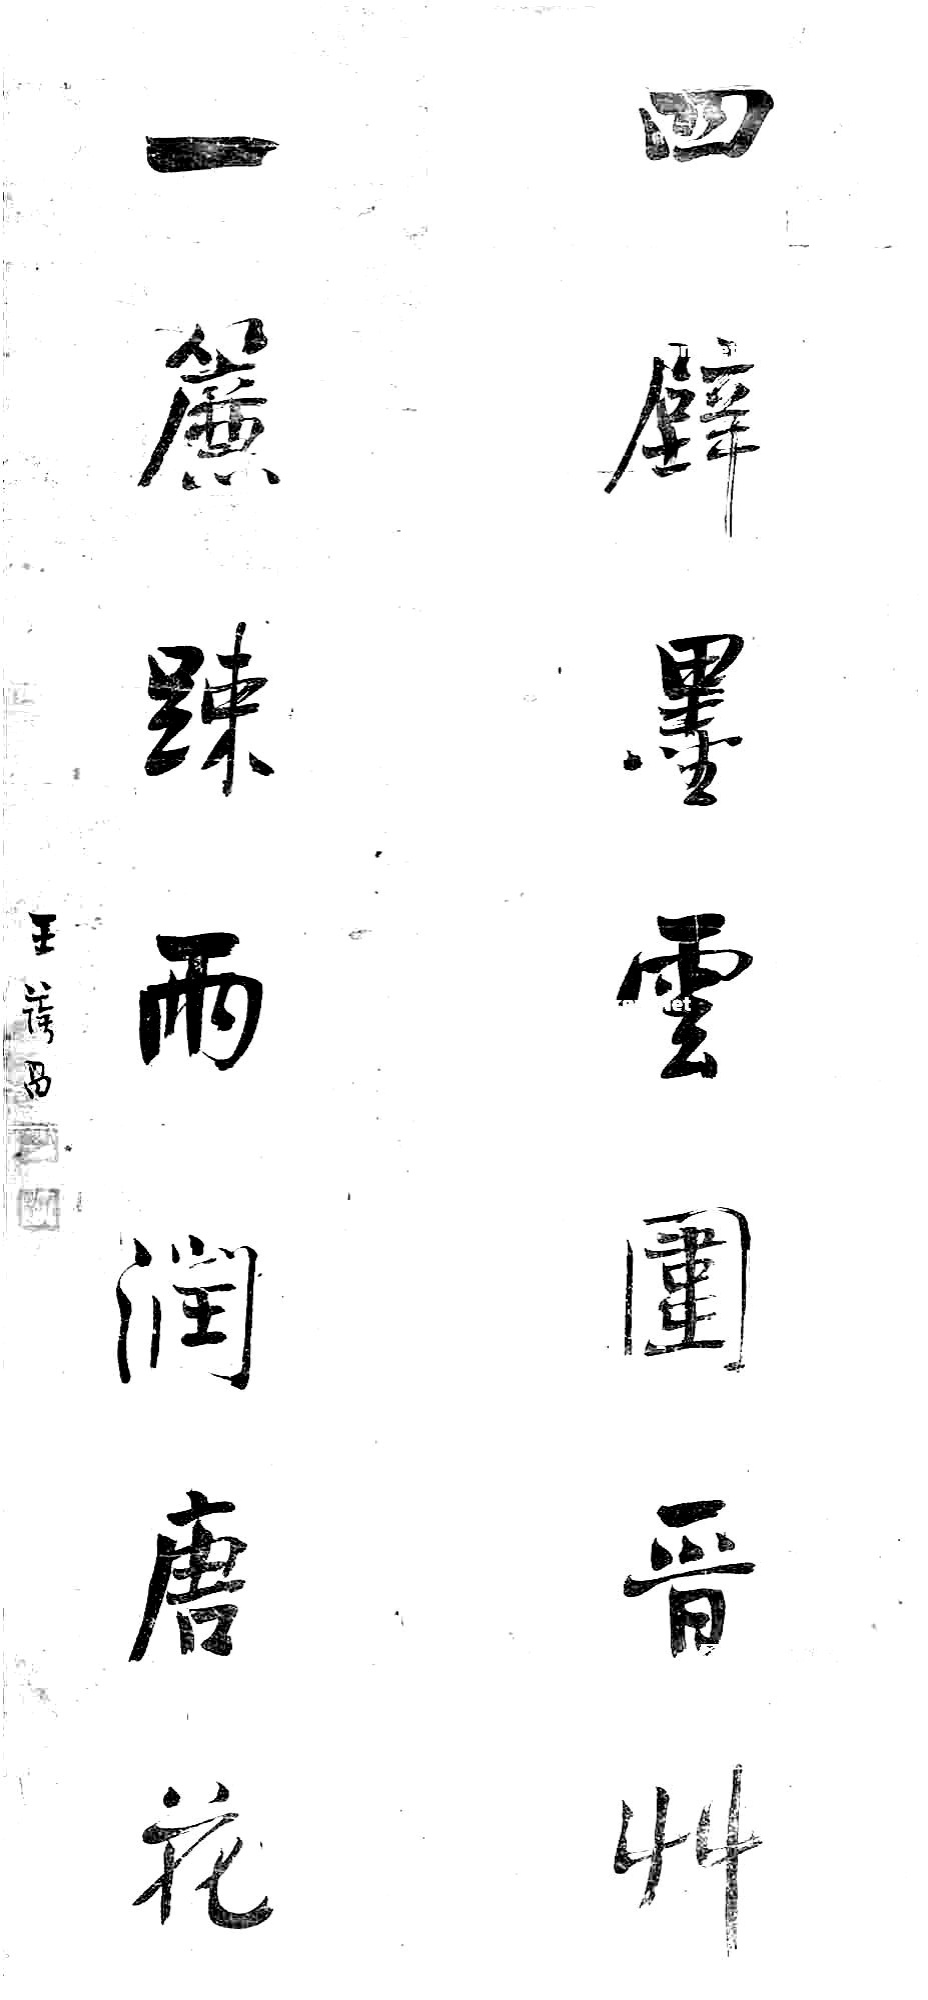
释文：四壁墨云围晋草，一帘疎雨润唐花。王荫昌。